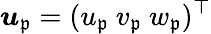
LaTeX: \boldsymbol{u}_{\mathfrak{p}}=(u_{\mathfrak{p}}\ v_{\mathfrak{p}}\ w_{\mathfrak{p}})^{\top}